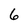
Character: 6